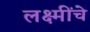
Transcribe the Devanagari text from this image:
लक्ष्मींचे